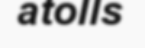
atolls